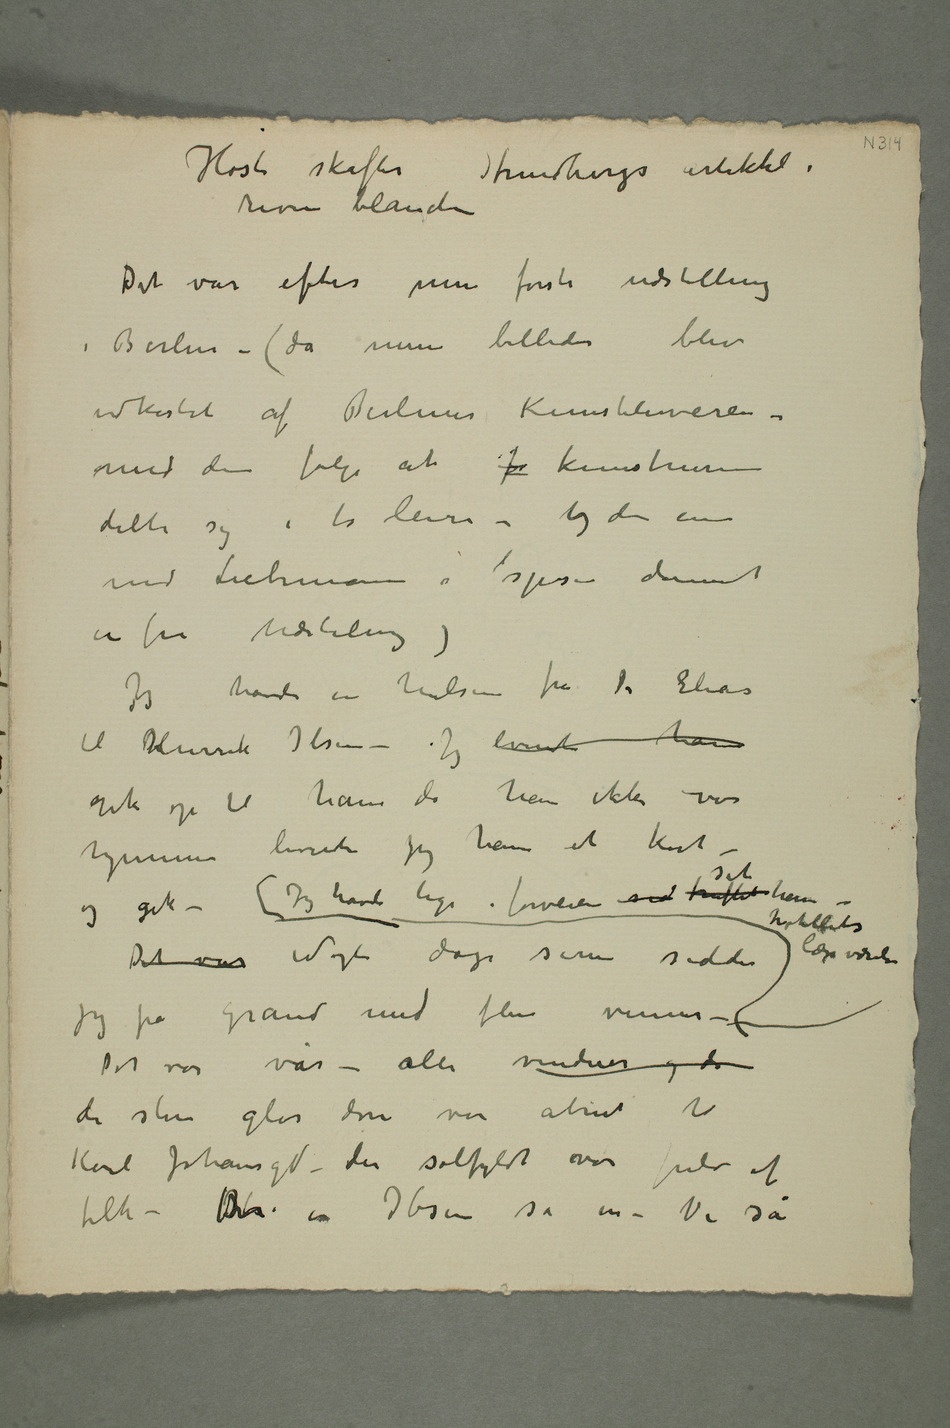
Høst skaffer Strindbergs artikkel i
Det var efter min første udstilling
i Berlin – (da mine billeder blev
udkastet af Berliner Kunstlerverein –
med den følge at fo kunstnerne
delte sig i to leire – og den ene
med Liebermann i spisen dannet
en fri udstilling)
Jeg havde en hilsen fra Dr Elias
til hHenrik Ibsen – Jeg leverte ham
gik op til ham da han ikke var
hjemme leverte jeg ham et kort –
og gik – Jeg hade lige i forveien sid truffet set
jeg på Grand med flere venner – Det var vår – alle vinduer og de
de store glas deri var åbnet til
Karl Johansgd – der solfyldt var fuld af
folk – Der er Ibsen sa vi – Vi så